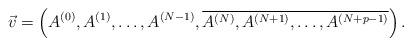
LaTeX: \begin{align*}\vec{v} = \left ( A^{(0)} , A^{(1)}, \dots, A^{(N-1)}, \overline{A^{(N)}, A^{(N+1)}, \dots, A^{(N+p-1)}} \right).\end{align*}